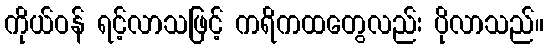
ကိုယ်ဝန် ရင့်လာသဖြင့် ကရိကထတွေလည်း ပိုလာသည်။